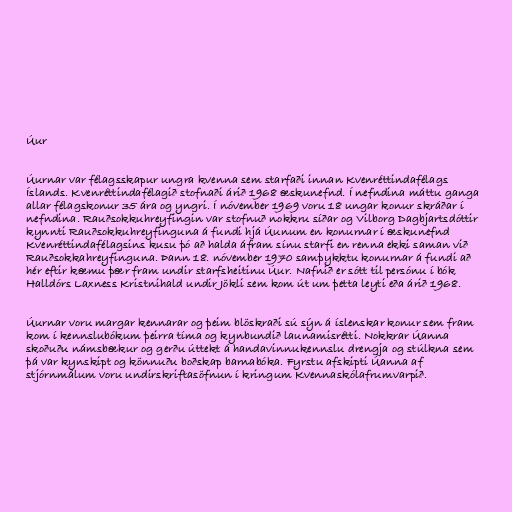
Úur

Úurnar var félagsskapur ungra kvenna sem starfaði innan Kvenréttindafélags
Íslands. Kvenréttindafélagið stofnaði árið 1968 æskunefnd. Í nefndina máttu ganga
allar félagskonur 35 ára og yngri. Í nóvember 1969 voru 18 ungar konur skráðar í
nefndina. Rauðsokkuhreyfingin var stofnuð nokkru síðar og Vilborg Dagbjartsdóttir
kynnti Rauðsokkuhreyfinguna á fundi hjá Úunum en konurnar í æskunefnd
Kvenréttindafélagsins kusu þó að halda áfram sínu starfi en renna ekki saman við
Rauðsokkahreyfinguna. Þann 18. nóvember 1970 samþykktu konurnar á fundi að
hér eftir kæmu þær fram undir starfsheitinu Úur. Nafnið er sótt til persónu í bók
Halldórs Laxness Kristnihald undir Jökli sem kom út um þetta leyti eða árið 1968.

Úurnar voru margar kennarar og þeim blöskraði sú sýn á íslenskar konur sem fram
kom í kennslubókum þeirra tíma og kynbundið launamisrétti. Nokkrar Úanna
skoðuðu námsbækur og gerðu úttekt á handavinnukennslu drengja og stúlkna sem
þá var kynskipt og könnuðu boðskap barnabóka. Fyrstu afskipti Úanna af
stjórnmálum voru undirskriftasöfnun í kringum Kvennaskólafrumvarpið.